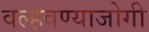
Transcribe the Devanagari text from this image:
वल्हवण्याजोगी